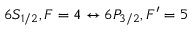
6 S _ { 1 / 2 } , F = 4 \leftrightarrow 6 P _ { 3 / 2 } , F ^ { \prime } = 5